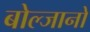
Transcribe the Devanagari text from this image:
बोल्जानो